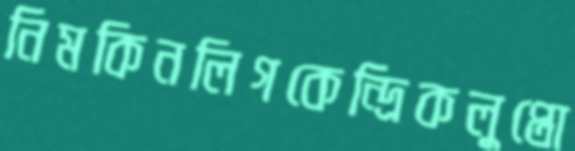
নিমকিনলিগকেন্দ্রিকলুপ্তো